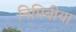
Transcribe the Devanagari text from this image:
निमिबीया